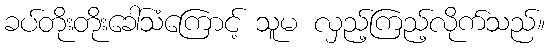
ခပ်တိုးတိုးခေါ်သံကြောင့် သူမ လှည့်ကြည့်လိုက်သည်။